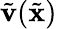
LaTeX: \tilde{\mathbf{v}}(\tilde{\mathbf{x}})